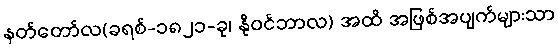
နတ်တော်လ(ခရစ်-၁၈၂၁-ခု၊ နိုဝင်ဘာလ) အထိ အဖြစ်အပျက်များသာ